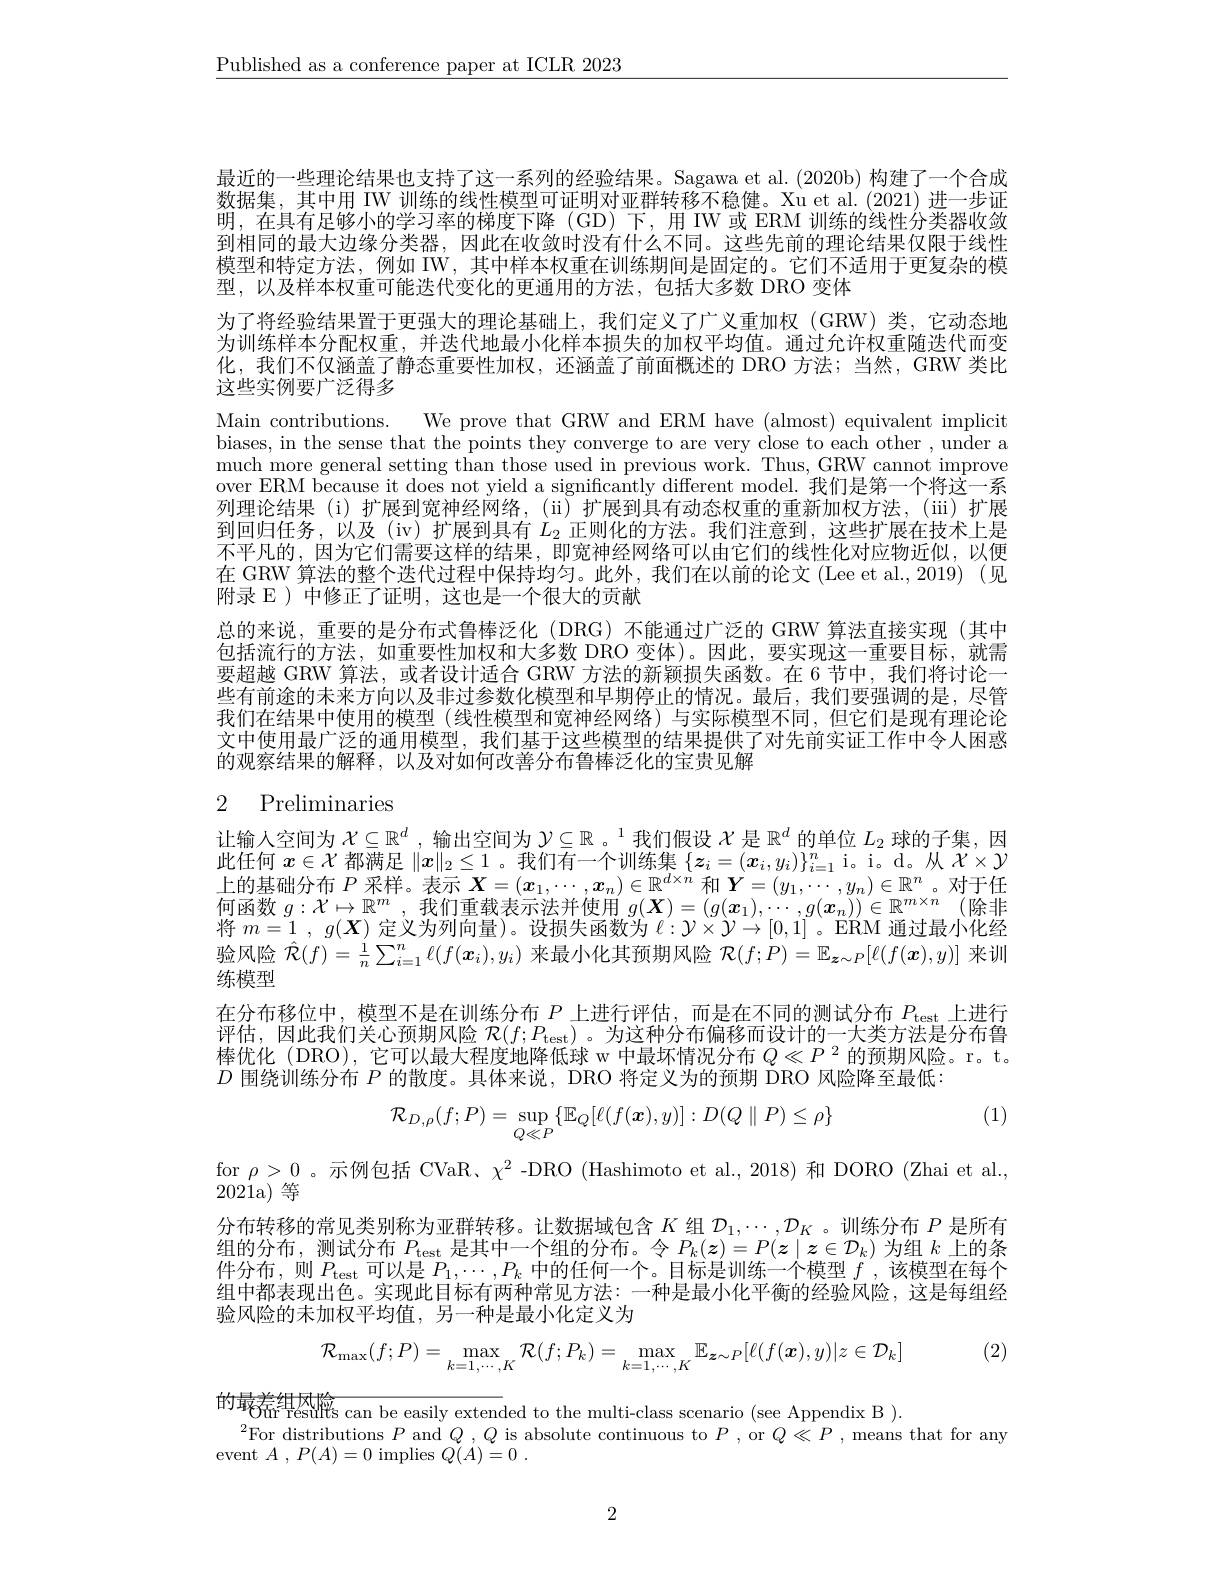
$\underline{\text{Published as a conference paper at ICLR 2023}}$

最近的一些理论结果也支持了这一系列的经验结果。Sagawa et al. (2020b)构建了一个合成数据集，其中用 IW 训练的线性模型可证明对亚群转移不稳健。Xu et al.(2021)进一步证明，在具有足够小的学习率的梯度下降(GD)下，用IW或 ERM 训练的线性分类器收敛到相同的最大边缘分类器，因此在收敛时没有什么不同。这些先前的理论结果仅限于线性模型和特定方法，例如 IW, 其中样本权重在训练期间是固定的。它们不适用于更复杂的模型，以及样本权重可能迭代变化的更通用的方法，包括大多数 DRO 变体
为了将经验结果置于更强大的理论基础上，我们定义了广义重加权(GRW)类，它动态地为训练样本分配权重，并迭代地最小化样本损失的加权平均值。通过允许权重随迭代而变化，我们不仅涵盖了静态重要性加权，还涵盖了前面概述的 DRO 方法；当然，GRW 类比这些实例要广泛得多
Main contributions. We prove that GRW and ERM have (almost) equivalent implicit biases, in the sense that the points they converge to are very close to each other , under a much more general setting than those used in previous work. Thus, GRW cannot improve over ERM because it does not yield a significantly different model. 我们是第一个将这一系列理论结果 (i)扩展到宽神经网络，(ii)扩展到具有动态权重的重新加权方法，(ii)扩展到回归任务，以及(iv)扩展到具有$L_2$正则化的方法。我们注意到，这些扩展在技术上是不平凡的，因为它们需要这样的结果，即宽神经网络可以由它们的线性化对应物近似，以便在 GRW 算法的整个迭代过程中保持均匀。此外，我们在以前的论文 (Lee et al.,2019) (见附录 E ) 中修正了证明，这也是一个很大的贡献
总的来说，重要的是分布式鲁棒泛化(DRG)不能通过广泛的 GRW 算法直接实现(其中包括流行的方法，如重要性加权和大多数 DRO 变体)。因此，要实现这一重要目标，就需要超越 GRW 算法，或者设计适合 GRW 方法的新颖损失函数。在 6 节中，我们将讨论一些有前途的未来方向以及非过参数化模型和早期停止的情况。最后，我们要强调的是，尽管我们在结果中使用的模型(线性模型和宽神经网络)与实际模型不同，但它们是现有理论论文中使用最广泛的通用模型，我们基于这些模型的结果提供了对先前实证工作中令人困惑的观察结果的解释，以及对如何改善分布鲁棒泛化的宝贵见解

# 2 Preliminaries

让输人空间为$\mathcal{X}\subseteq\mathbb{R}^d$ ,输出空间为$\mathcal{Y} \subseteq \mathbb{R} \text{ 。}^1$我们假设$\mathcal{X}$是$\mathbb{R}^d$的单位$L_2$球的子集，因此任何$x\in\mathcal{X}$都满足$\|x\|_2\leq1$ 。我们有一个训练集$\{z_i=(\boldsymbol{x}_i,y_i)\}_{i=1}^n$ i。i。d。从$\mathcal{X}\times\mathcal{Y}$ 此 位 内 $\subset \mathbb{R} ^{\text{ 即 将 见 }\| \boldsymbol{x}\| _2\leq 1}$, 则 小 亦 来 $\{ \boldsymbol{\omega }_i- ( \boldsymbol{\omega }_i, y_i) \} _{i= 1}^{\text{ 时 小 水 来 }}\{ \boldsymbol{\omega }_i, y_i) \} _{i= 1}^{\text{ 时 }}$, 时 不 来 $\{ \boldsymbol{\omega }_i, y_i\} \} _{i= 1}^{\text{ 时 }}$, 时 不 来 $\{ \boldsymbol{\omega }_i, y_i\} \} _{i= 1}^{\text{ 时 }}$, 时 上 的 基 础 分 布 $P$ 采 样 。表 示 $X= ( \boldsymbol{x}_1, \cdots , \boldsymbol{x}_n) \in \mathbb{R} ^{d\times n}$ 和 $\boldsymbol{Y}= ( y_1, \cdots , y_n) \in \mathbb{}$ 将$m=1,g(\boldsymbol{X})$定义为列向量)。设损失函数为$\ell:\mathcal{Y}\times\mathcal{Y}\to[0,1]$。ERM 通过最小化经验风险$\hat{\mathcal{R}}(f)=\frac1n\sum_{i=1}^n\ell(f(\boldsymbol{x}_i),y_i)$来最小化其预期风险$\mathcal{R}(f;P)=\mathbb{E}_{\boldsymbol{z}\sim P}[\ell(f(\boldsymbol{x}),y)]$来训练模型
在分布移位中，模型不是在训练分布$P$上进行评估，而是在不同的测试分布$P_\mathrm{test}$上进行评估，因此我们关心预期风险$\mathcal{R} ( f; P_{\mathrm{test}})$。为这种分布偏移而设计的一大类方法是分布鲁棒优化 (DRO), 它可以最大程度地降低球 w 中最坏情况分布$Q\ll P^2$的预期风险。r。t。$D$围绕训练分布$P$的散度。具体来说，DRO 将定义为的预期 DRO 风险降至最低：

(1)
$$\mathcal{R}_{D,\rho}(f;P)=\sup_{Q\ll P}\{\mathbb{E}_{Q}[\ell(f(\boldsymbol{x}),y)]:D(Q\parallel P)\leq\rho\}$$
for $\rho>0$ 。示例包括 CVaR、$\chi^2$ -DRO (Hashimoto et al., 2018)和 DORO (Zhai et al.,
2021a) 等
分布转移的常见类别称为亚群转移。让数据域包含$K$组$\mathcal{D}_1,\cdots,\mathcal{D}_K$ 。训练分布$P$是所有组的分布，测试分布$P_\mathrm{test}$是其中一个组的分布。令$P_k(z)=P(z\mid z\in\mathcal{D}_k)$为组$k$上的条件分布，则$P_\mathrm{test}$可以是$P_1,\cdots,P_k$中的任何一个。目标是训练一个模型$f$ ,该模型在每个组中都表现出色。实现此目标有两种常见方法：一种是最小化平衡的经验风险，这是每组经验风险的未加权平均值，另一种是最小化定义为

(2)
$$\mathcal{R}_{\max}(f;P)=\max_{k=1,\cdots,K}\mathcal{R}(f;P_{k})=\max_{k=1,\cdots,K}\mathbb{E}_{\boldsymbol{z}\sim P}[\ell(f(\boldsymbol{x}),y)|z\in\mathcal{D}_{k}]$$
的 最 差 组 因 能 s can be easily extended to the multi- class scenario ( see Appendix B ) .  For distributions $P$ and $Q, Q$ is absolute continuous to $P$, or $Q\ll P$, means that for any
event $A$ , $P( A) = 0$ implies $Q( A) = 0$ .

2